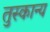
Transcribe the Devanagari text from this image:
तुस्कान्य